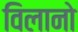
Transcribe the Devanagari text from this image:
विलानो